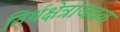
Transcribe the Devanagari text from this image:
तिर्थक्षेत्राजवळ